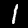
Digit: 1